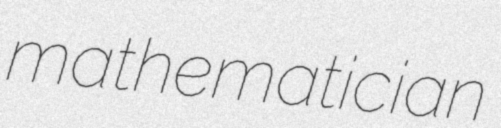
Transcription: mathematician